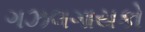
ગઝલગાયકો